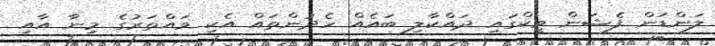
ލަންޑަން ފެޝަން ވީކްގައި ދައްކާލި ބައެއް ހެދުންތައް އެކި ވައްތަރުގެ މިނާ އާއި